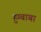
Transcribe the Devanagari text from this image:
हुम्बाबा